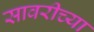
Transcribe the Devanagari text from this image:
सावरीच्या